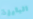
البارزة